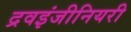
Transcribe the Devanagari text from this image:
द्रवइंजीनियरी